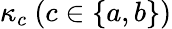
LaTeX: \kappa_{c}~(c\in\{ a,b\} )